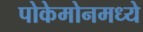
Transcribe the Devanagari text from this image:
पोकेमोनमध्ये